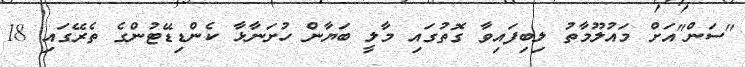
"ސަން"އަށް މައުލޫމާތު ލިބިފައިވާ ގޮތުގައި މާލީ ބަޔާން ހުށަނާޅާ ކެންޑިޑޭޓުންގެ ތެރޭގައި 18